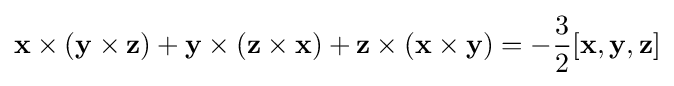
\mathbf {x} \times (\mathbf {y} \times \mathbf {z} )+\mathbf {y} \times (\mathbf {z} \times \mathbf {x} )+\mathbf {z} \times (\mathbf {x} \times \mathbf {y} )=-{\frac {3}{2}}[\mathbf {x} ,\mathbf {y} ,\mathbf {z} ]